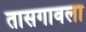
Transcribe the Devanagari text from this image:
तासगावला